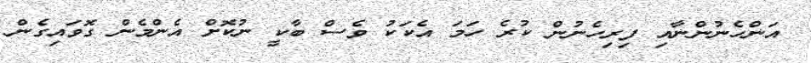
އަންހެނުންނާއި ފިރިހެނުން ކުރެ ހަމަ އެކަކު ވެސް ބާކީ ނުކޮށް އެންމެން ގޮވައިގެން